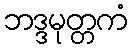
ဘဒ္ဒမုတ္တကံ